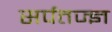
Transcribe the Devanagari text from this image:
सर्पतज्ज्ञ